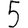
Digit: 5